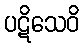
ပဋိသေဝိ